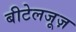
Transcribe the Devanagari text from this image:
बीटेलजूज़